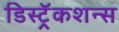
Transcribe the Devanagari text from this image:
डिस्ट्रॅकशन्स